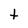
Character: t